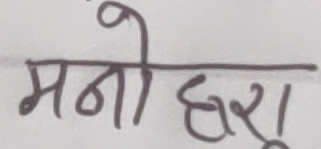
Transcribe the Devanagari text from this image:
मनो द्वारा